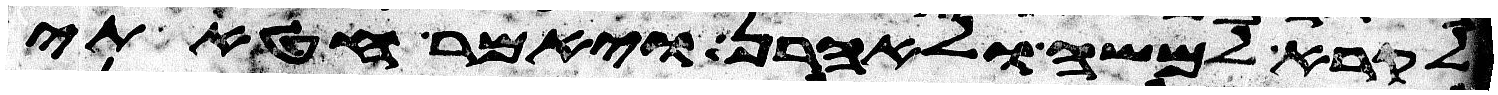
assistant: לקרא למשה ולאהרן ויאמר חטאתי